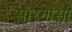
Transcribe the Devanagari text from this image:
सारगोसा